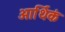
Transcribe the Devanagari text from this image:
आर्थिकं